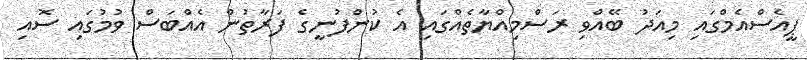
ޕީއެސްއެމްގައި މިއަދު ބޭއްވި ރަސްމިއްޔާތެއްގައި އެ ކުންފުނީގެ ފަރާތުން އެއްބަސް ވުމުގައި ސޮއި